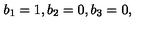
b _ { 1 } = 1 , b _ { 2 } = 0 , b _ { 3 } = 0 ,